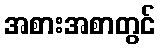
အစားအစာတွင်